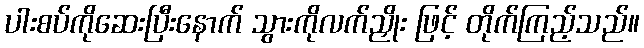
ပါးစပ်ကိုဆေးပြီးနောက် သွားကိုလက်ညှိုး ဖြင့် တိုက်ကြည့်သည်။